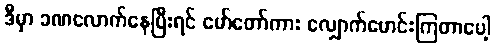
ဒီမှာ ခဏလောက်နေပြီးရင် မော်တော်ကား လျှောက်မောင်းကြတာပေါ့